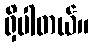
ရှိပါတယ်။